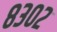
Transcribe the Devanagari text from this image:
८३०२